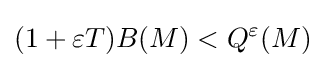
(1+\varepsilon T)B(M)<Q^{\varepsilon }(M)